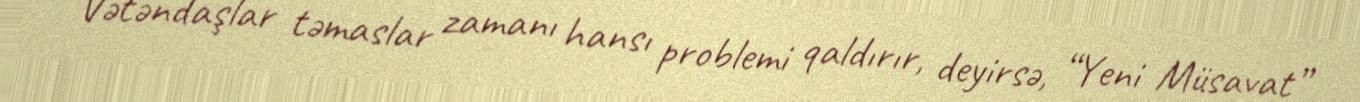
Vətəndaşlar təmaslar zamanı hansı problemi qaldırır, deyirsə, “Yeni Müsavat”